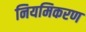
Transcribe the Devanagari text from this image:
नियमिकरण